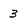
Character: 3